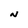
Character: N